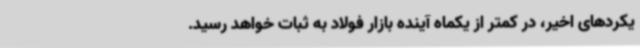
یکردهای اخیر، در کمتر از یکماه آینده بازار فولاد به ثبات خواهد رسید.